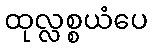
ထုလ္လစ္စယံပေ